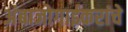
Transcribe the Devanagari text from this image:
अंबाजोगाईकरांचे